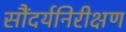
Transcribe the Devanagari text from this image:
सौंदर्यनिरीक्षण